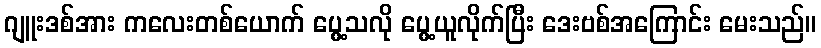
ဂျူးဒစ်အား ကလေးတစ်ယောက် ပွေ့သလို ပွေ့ယူလိုက်ပြီး ဒေးဗစ်အကြောင်း မေးသည်။